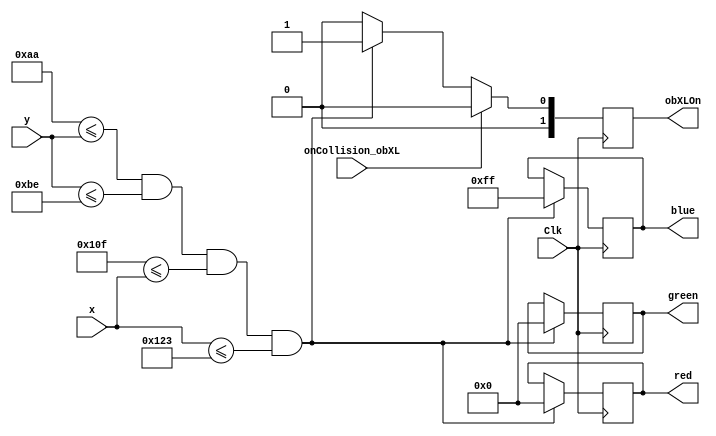
`timescale 1ns / 1ps
//////////////////////////////////////////////////////////////////////////////////
// Company: 
// Engineer: 
// 
// Design Name: 
// Module Name: ObastacleBlueXL
// Project Name: 
// Target Devices: 
// Tool Versions: 
// Description: 
// 
// Dependencies: 
// 
// Revision:
// Revision 0.01 - File Created
// Additional Comments:
// 
//////////////////////////////////////////////////////////////////////////////////


module ObstacleBlueXL(
    input wire Clk,
    input wire [9:0] x,
    input wire [9:0] y,
    output reg [7:0] red,
    output reg [7:0] green,
    output reg [7:0] blue,
    output reg [1:0] obXLOn,
    input wire onCollision_obXL
    );
    
    parameter Bupper = 170;
    parameter Blower = 190;
    parameter Bleft = 271;
    parameter Bright = 291;
  
    always @(posedge Clk) 
        begin
            if(Bupper <= y && y <= Blower && Bleft <= x && x <= Bright) 
                begin
                    red <= 8'd0;
                    green <= 8'd0;
                    blue <= 8'd255;
                    obXLOn<= 1;
                end
             else
                obXLOn <= 0;
                
             if(onCollision_obXL == 1)
                obXLOn <= 0;
        end
        
endmodule